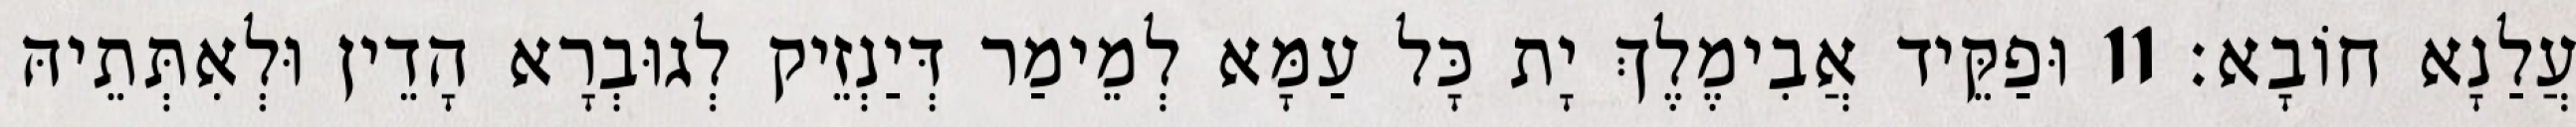
עֲלַנָא חוֹבָא׃ 11 וּפַקֵּיד אֲבִימֶלֶךְ יָת כָּל עַמָּא לְמֵימַר דְּיַנְזֵיק לְגוּבְרָא הָדֵין וּלְאִתְּתֵיהּ